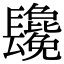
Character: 𨳂